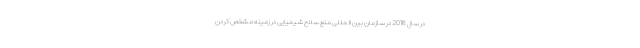
در سال 2018 در سازمان بین المللی منع سلاح شیمیایی در زمینه مشخص کردن